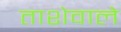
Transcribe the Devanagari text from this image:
ताशेवाले